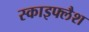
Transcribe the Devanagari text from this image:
स्काइफ्लैश